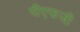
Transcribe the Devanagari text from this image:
पीएफजी